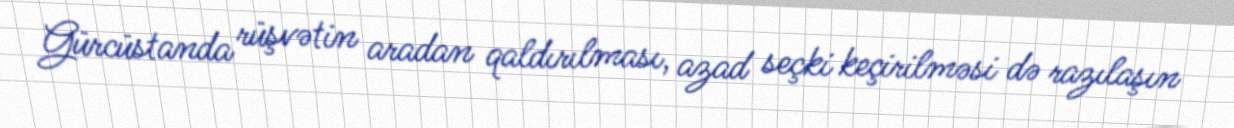
Gürcüstanda rüşvətin aradan qaldırılması, azad seçki keçirilməsi də razılaşın